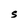
Character: S